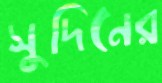
সুদিনের